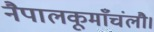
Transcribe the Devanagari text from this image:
नैपालकूमाँचंलौ।